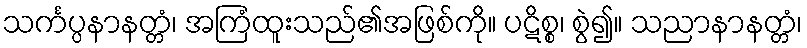
သင်္ကပ္ပနာနတ္တံ၊ အကြံထူးသည်၏အဖြစ်ကို။ ပဋိစ္စ၊ စွဲ၍။ သညာနာနတ္တံ၊